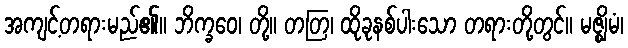
အကျင့်တရားမည်၏။ ဘိက္ခဝေ၊ တို့။ တတြ၊ ထိုခုနစ်ပါးသော တရားတို့တွင်။ မဇ္ဈိမံ၊